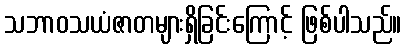
သဘာဝသယံဇာတများရှိခြင်းကြောင့် ဖြစ်ပါသည်။